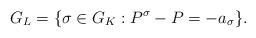
LaTeX: \begin{align*}G_L = \{\sigma \in G_K : P^\sigma - P = -a_\sigma\}.\end{align*}